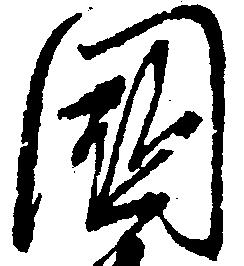
国